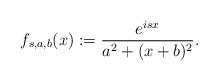
LaTeX: \begin{align*}f_{s,a,b}( x) := \frac{ e^{i sx } }{ a^2 + (x + b)^2 }.\end{align*}